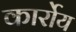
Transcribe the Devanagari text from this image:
कार्रोय